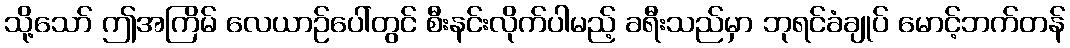
သို့သော် ဤအကြိမ် လေယာဉ်ပေါ်တွင် စီးနင်းလိုက်ပါမည့် ခရီးသည်မှာ ဘုရင်ခံချုပ် မောင့်ဘက်တန်